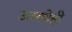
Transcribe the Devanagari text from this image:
उतरणेही